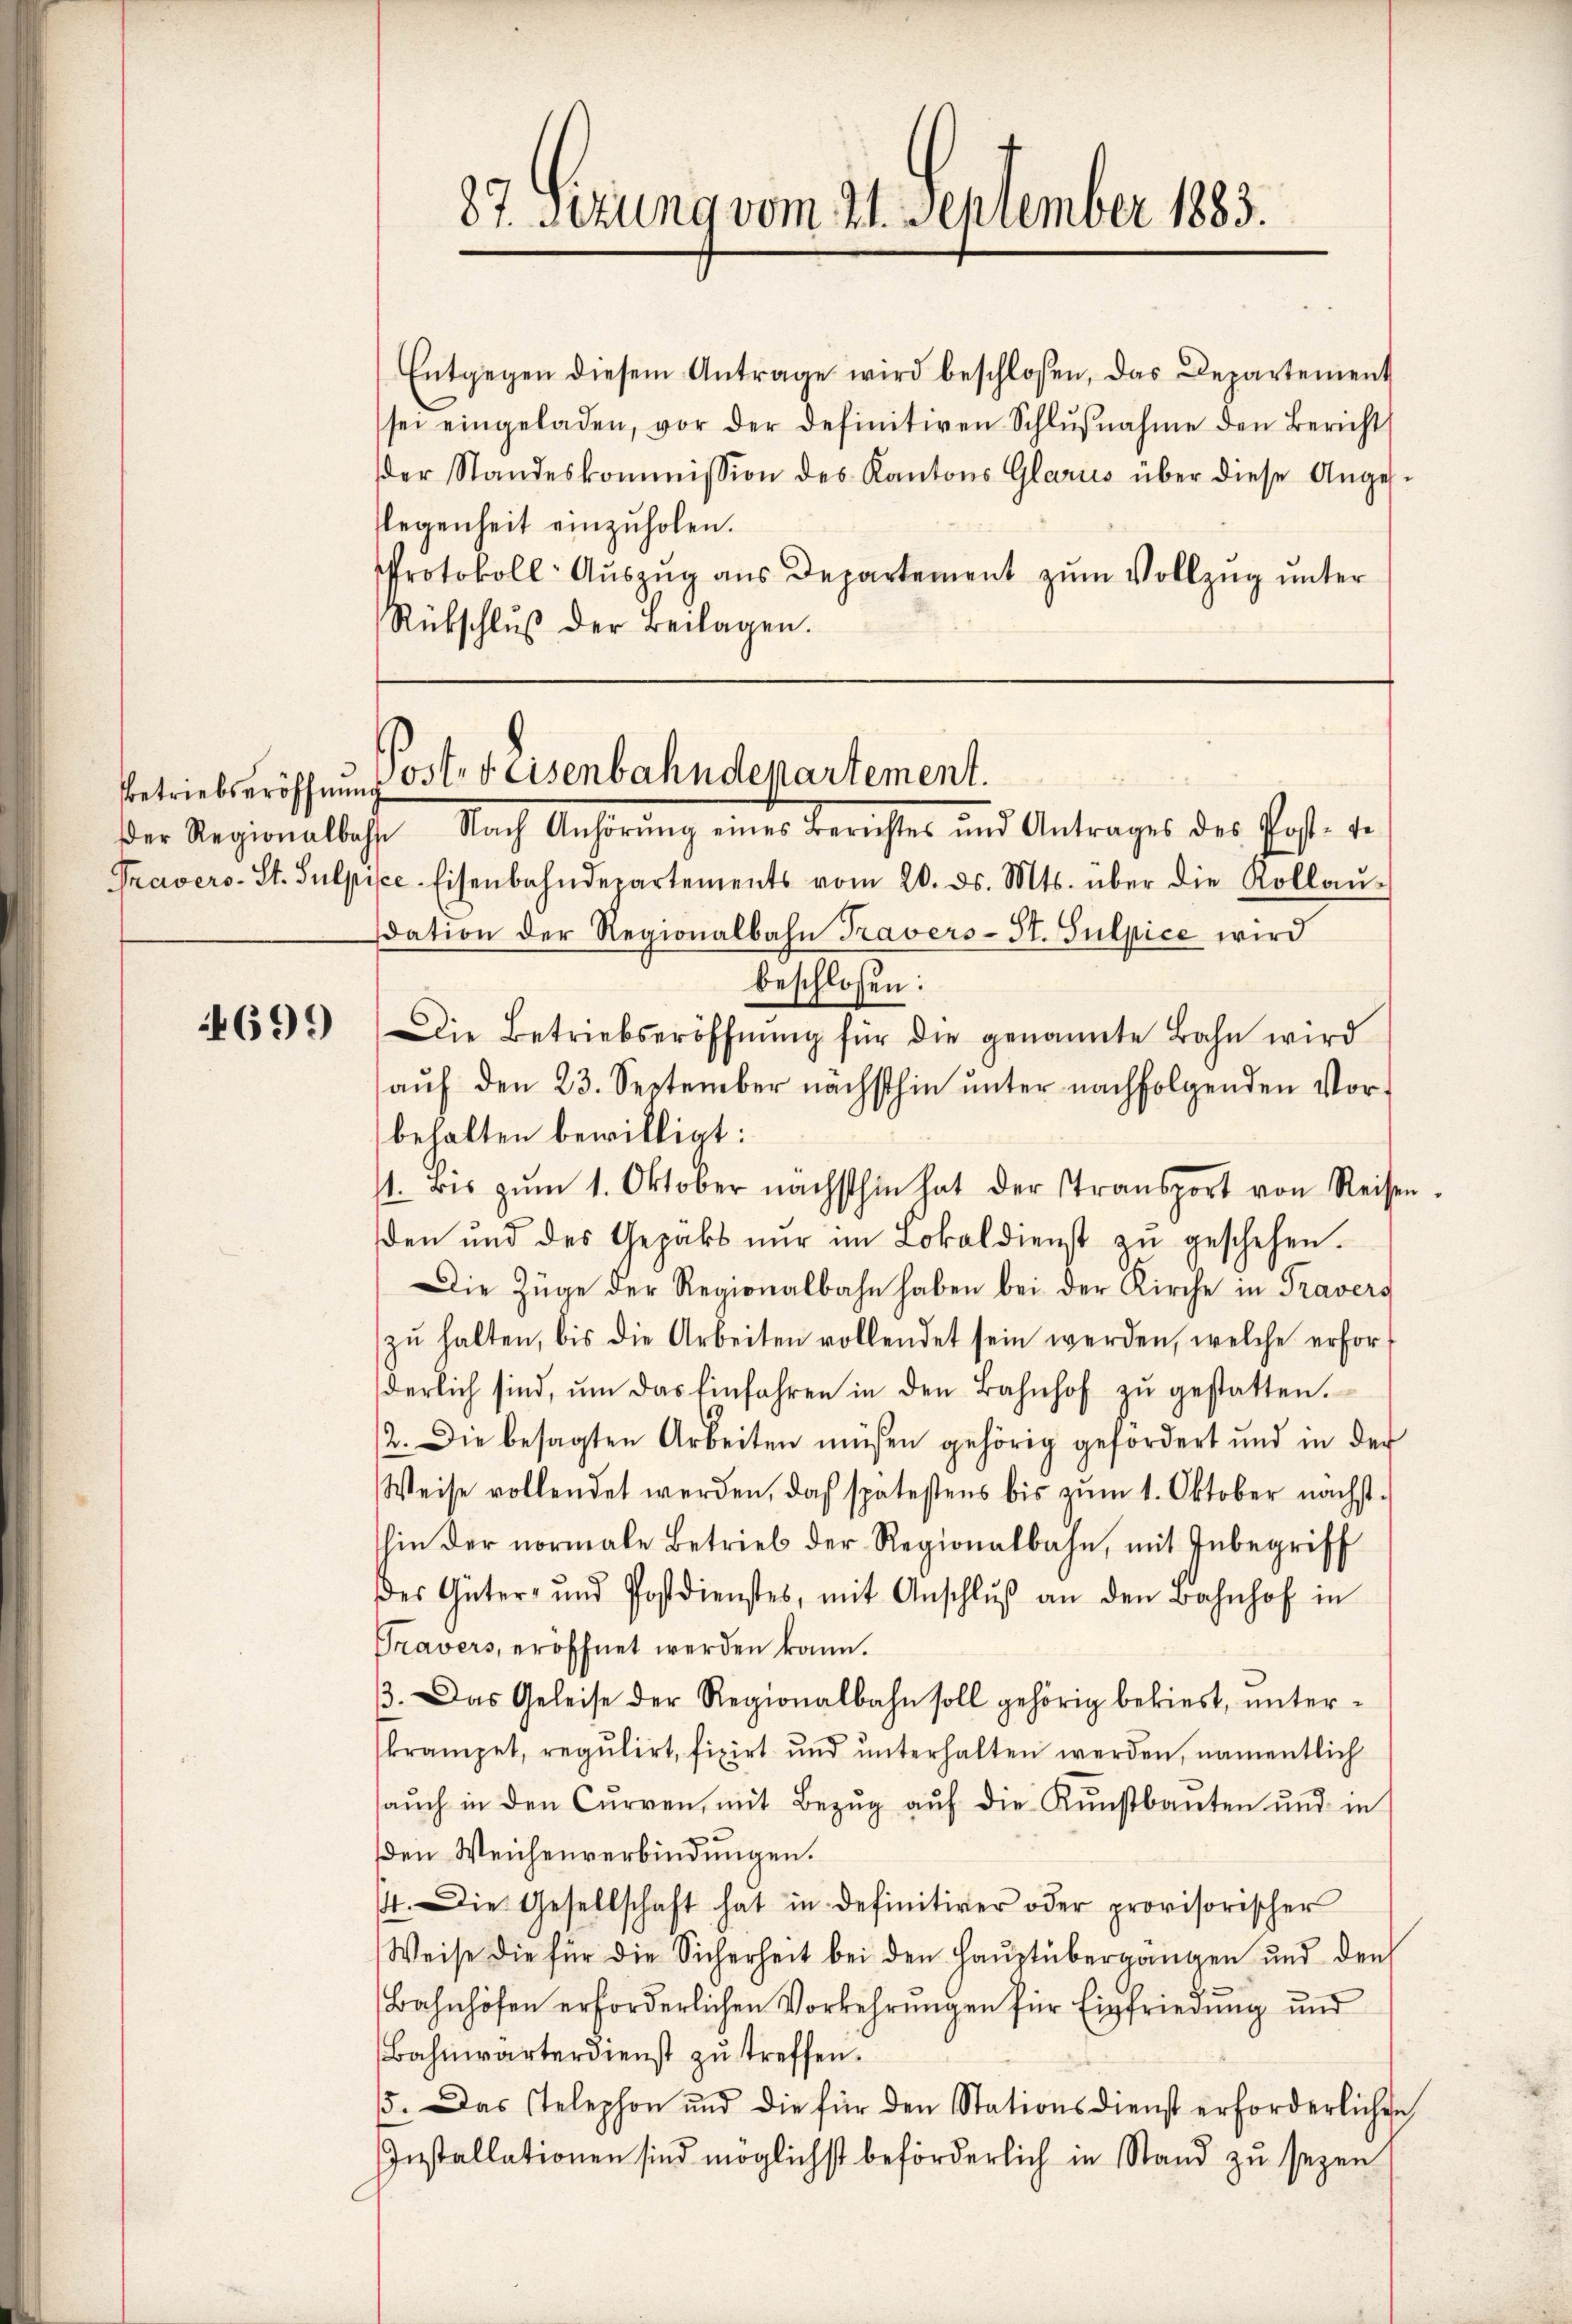
Betriebseröffnung

4699

Der Regionalbahn Nach Anhörŭng eines Berichtes und Antrages des Post-te
Travers- St. Sulpice-Eisenbahndepartements vom 20. ds. Mts. über die Kollaŭ-
dation der Regionalbahn Travers-St. Gulpice wird
beschlossen:
Die Betriebseröffnŭng für die genannte Bahn wird
aŭf den 23. September nächsthin ŭnter nachfolgenden Vor-
behalten bewilligt:
st. Bis zŭm 1. Oktober nächsthin hat der Stransport von Reisen.
den und des Gepäks nŭr im Lokal dienst zŭ geschehen.
Die Züge der Regionalbahn haben bei der Kirche in Travers
zŭ halten, bis die Arbeiten vollendet sein werden, welche erfor-
derlich sind, ŭm das Einfahren in den Bahnhof zŭ gestatten.
2. Die besagten Arbeiten müssen gehörig gefordert und in der
Weise vollendet werden, das spätestens bis zŭm 1. Oktober nächst-
hin der normale Betrieb der Regionalbahn, mit Inbegriff
der Güter- und Postdienstes, mit Anschlŭβ an den Bahnhof in
Travers, eröffnet werden kann.
β. Das Geleise der Regionalbahn soll gehörig bekiest, ŭnter-
krampet, regulirt, fixirt und ŭnterhalten werden, namentlich
aŭch in den Curren, mit Bezŭg aŭf die Kunstbaŭten und in
den Weichenverbindungen.
14. Die Gesellschaft hat in definitiver oder provisorischer
Weise die für die Sicherheit bei den Haŭptübergängen und den
Bahnhöfen erforderlichen Vorkehrungen für Einfriedung und
Bahnwärterdienst zu treffen.
5. Das stelephon und die für den Stationsdienst erforderlichen
Installationen sind möglichst beförderlich in Stand zu seyen

87. Setzung vom 21. September 183.

Entgegen diesem Antrage wird beschlossen, das Departement
sei eingeladen, vor der definitiven Schlŭβnahme den Bericht
der Standeskommission des Kantons Glarus über diese Anges-
legenheit einzuholen.
Protokoll- Auszug aus Departement zum Vollzug unter
Rübschlŭβ der Beilagen.

Postes Eisenbahndepartement.